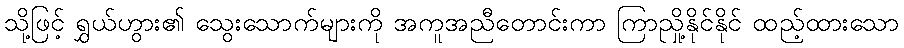
သို့ဖြင့် ရွှယ်ဟွား၏ သွေးသောက်များကို အကူအညီတောင်းကာ ကြာညှို့နိုင်နိုင် ထည့်ထားသော